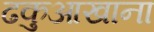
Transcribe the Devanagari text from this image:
ढकुआखाना